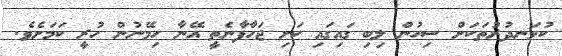
ކުޅަނދުރުތަކަށް ސިހުން ލިބި ގައިގައި ކަށި ޖަހާފާނެތީ އޭނާ ހިމޭނުން ހުރީ ކަމަށެވެ.